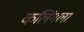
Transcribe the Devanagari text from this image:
कलिंगला